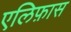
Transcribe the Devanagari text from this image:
एलिफ़ास